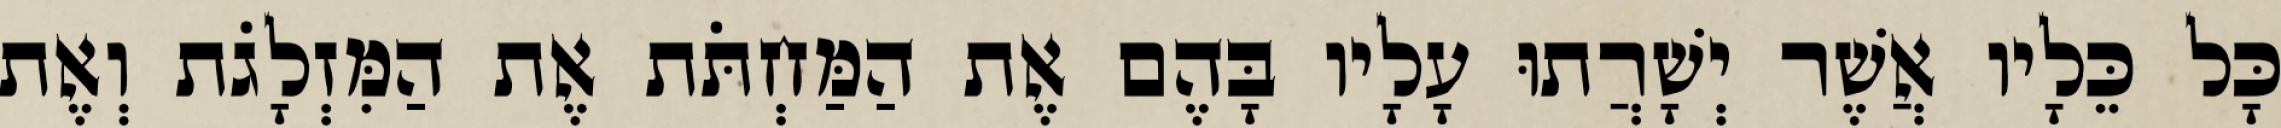
כָּל כֵּלָיו אֲשֶׁר יְשָׁרֲתוּ עָלָיו בָּהֶם אֶת הַמַּחְתֹּת אֶת הַמִּזְלָגֹת וְאֶת